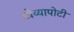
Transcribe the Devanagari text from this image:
ध्‍येय्यापोटी